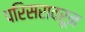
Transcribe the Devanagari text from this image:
परिसरावरून